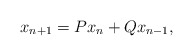
\begin{align*}x_{n+1}=Px_n+Qx_{n-1},\end{align*}